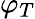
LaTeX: \varphi_{T}